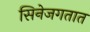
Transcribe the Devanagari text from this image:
सिनेजगतात